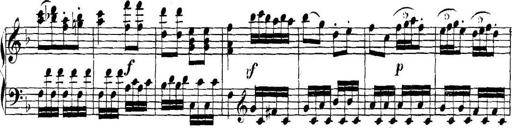
Title: Collected Piano Sonatas
Composer: Muzio Clementi